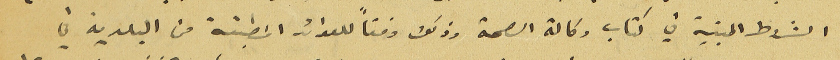
الشروط المبنية في كتاب وكالة الصحة وذلك وفقاً للعوائد المطبقة من البلدية في